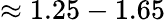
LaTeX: \approx 1.25-1.65